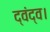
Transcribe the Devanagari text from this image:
द्वंद्व।